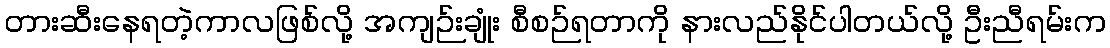
တားဆီးနေရတဲ့ကာလဖြစ်လို့ အကျဉ်းချုံး စီစဉ်ရတာကို နားလည်နိုင်ပါတယ်လို့ ဦးညီရမ်းက